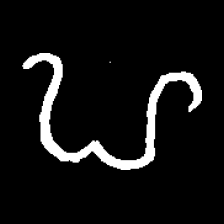
Pyu character \u2014 Myanmar letter: ဟ (romanized: ha)